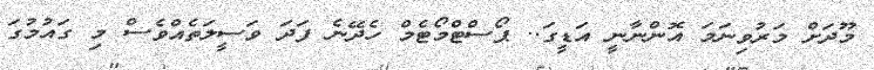
މޫދަށް މަރުވިނަމަ އޮންނާނީ އަޑީގަ.. ޕޯސްޓްމޯޓެމް ހެދޭނެ ފަދަ ވަސީލަތެއްވެސް މި ގައުމުގަ